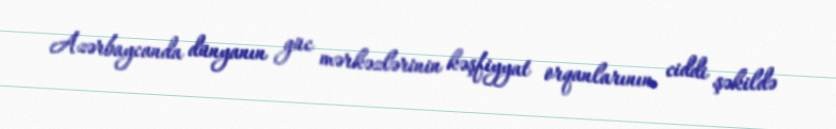
Azərbaycanda dünyanın güc mərkəzlərinin kəşfiyyat orqanlarının ciddi şəkildə